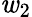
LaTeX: \mathit{w}_{2}